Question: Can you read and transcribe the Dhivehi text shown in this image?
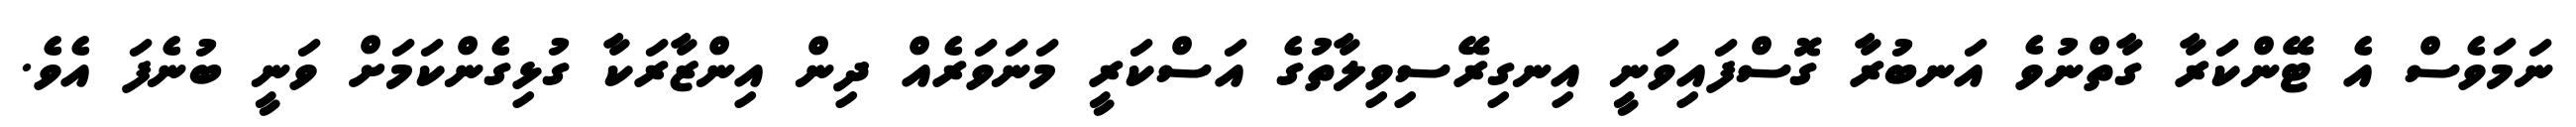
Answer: ނަމަވެސް އެ ޓޭންކަރާ ގާތްނުވެ އަނބުރާ ގޮސްފައިވަނީ އިނގިރޭސިވިލާތުގެ އަސްކަރީ މަނަވަރެއް ދިން އިންޒާރަކާ ގުޅިގެންކަމަށް ވަނީ ބުނެފަ އެވެ.